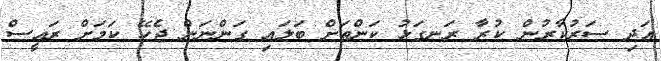
އަދި ސަރުކާރުން ކުރާ ރަނގަޅު ކަންތަށް ބަލައި ގަންނަން ޖެހޭ ކަމަށް ރައީސް